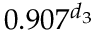
0 . 9 0 7 ^ { d _ { 3 } }